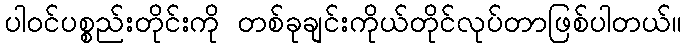
ပါ၀င်ပစ္စည်းတိုင်းကို တစ်ခုချင်းကိုယ်တိုင်လုပ်တာဖြစ်ပါတယ်။